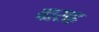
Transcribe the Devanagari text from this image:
बासह